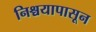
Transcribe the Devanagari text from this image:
निश्चयापासून